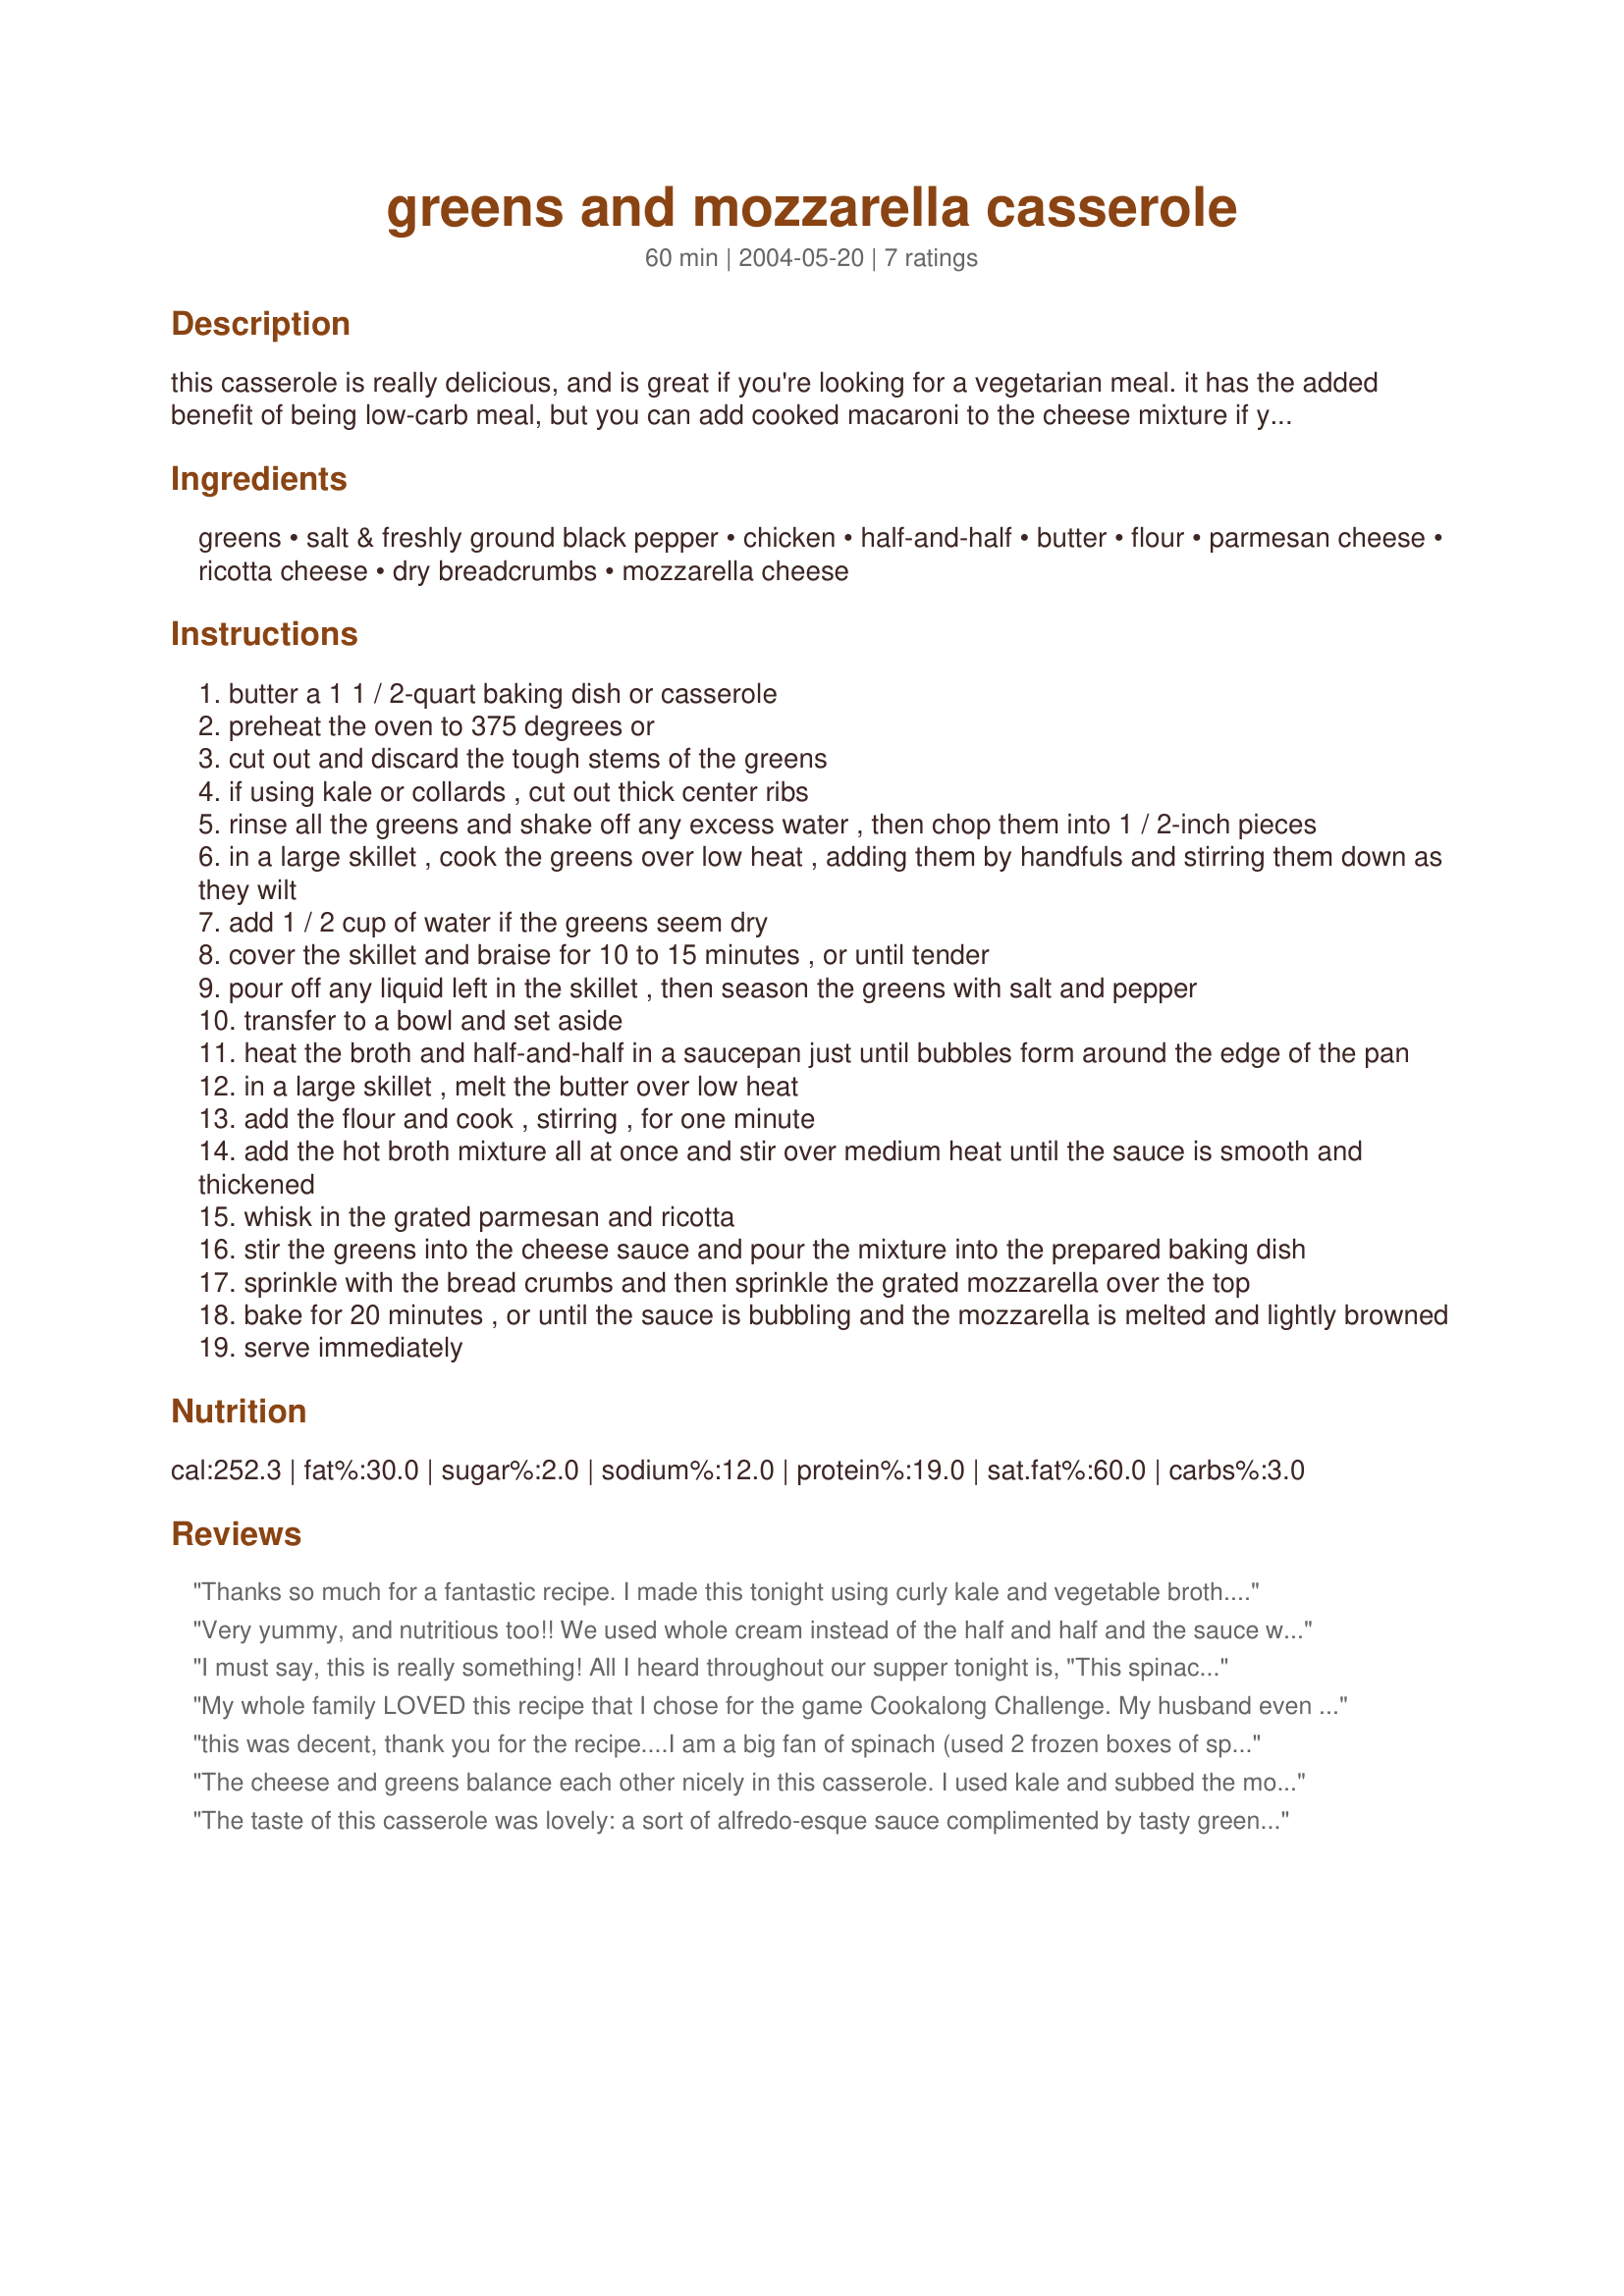
greens and mozzarella casserole
Preparation time: 60 minutes

this casserole is really delicious, and is great if you're looking for a vegetarian meal. it has the added benefit of being low-carb meal, but you can add cooked macaroni to the cheese mixture if you wish. it works well with a variety of greens, but my favorite is spinach. i don't remember where i got this recipe, but i've been making it for a long time.

Ingredients:
greens, salt & freshly ground black pepper, chicken, half-and-half, butter, flour, parmesan cheese, ricotta cheese, dry breadcrumbs, mozzarella cheese

Steps:
butter a 1 1 / 2-quart baking dish or casserole
preheat the oven to 375 degrees or
cut out and discard the tough stems of the greens
if using kale or collards , cut out thick center ribs
rinse all the greens and shake off any excess water , then chop them into 1 / 2-inch pieces
in a large skillet , cook the greens over low heat , adding them by handfuls and stirring them down as they wilt
add 1 / 2 cup of water if the greens seem dry
cover the skillet and braise for 10 to 15 minutes , or until tender
pour off any liquid left in the skillet , then season the greens with salt and pepper
transfer to a bowl and set aside
heat the broth and half-and-half in a saucepan just until bubbles form around the edge of the pan
in a large skillet , melt the butter over low heat
add the flour and cook , stirring , for one minute
add the hot broth mixture all at once and stir over medium heat until the sauce is smooth and thickened
whisk in the grated parmesan and ricotta
stir the greens into the cheese sauce and pour the mixture into the prepared baking dish
sprinkle with the bread crumbs and then sprinkle the grated mozzarella over the top
bake for 20 minutes , or until the sauce is bubbling and the mozzarella is melted and lightly browned
serve immediately

Reviews:
Thanks so much for a fantastic recipe. I made this tonight using curly kale and vegetable broth. I used everything else as stated in the recipe. It is delicious. I served it to company along with my kotlecky meatballs, potato pie, macaroni and cheese and salad. (My husband doesn't like macaroni, hence the potato pie) Everyone really enjoyed this casserole. Thanks again!
Very yummy, and nutritious too!! We used whole cream instead of the half and half and the sauce was wonderfully smooth and creamy and lightly cheesy. The texture reminded me of alfredo sauce. It did slop around a bit as mentioned in other reviews but everyone like it, so thanks for a nice recipe to try!
I must say, this is really something! All I heard throughout our supper tonight is, "This spinach is so good!" coming from my husband. I used fresh spinach and left out the ricotta cheese because my husband objects to ricotta. But somehow, I don't think this recipe could have been any better with the ricotta ; ) I placed in individual souffle cups to serve. Next time I will bake in the souffle cups as well, because it just looks so nice when served. Absolutely delicious, Charmed! You get an A+ on this one!
My whole family LOVED this recipe that I chose for the game Cookalong Challenge. My husband even said we should keep the leftovers - his way of saying he wanted more, but was too full. I could have used more spinach - don't think I had quite as much as the recipe called for, and it always cooks down so much more than I expect it to.
this was decent, thank you for the recipe....I am a big fan of spinach (used 2 frozen boxes of spinach because it was what I had) and I loved this recipe, However daughter did not like the looks of it so there for did not want to touch it and immediatly hated it as soon as she tried it (but she is 5 so we do not expect too much LOL)
Easy enough to makel. Will make this again hopefully
The cheese and greens balance each other nicely in this casserole. I used kale and subbed the mozarella for fontina. Creamy and very satisfying. I really enjoyed the texture and lightness the ricotta leant to this. We also added several cloves of sauteed garlic, which I highly recommend. Comfort food, for sure.
The taste of this casserole was lovely: a sort of alfredo-esque sauce complimented by tasty greens. However, the consistency left a lot to be desired. My husband could not abide it.

In order to keep this "casserole" from being anything other than a creamed spinach variation, it needs something to hold it together.

When I make it again, I will use noodles to see if it will hold a shape. Either that, or I'll add some eggs to it in the hopes that it comes out more custard or souffle like.
